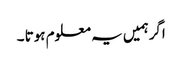
اگرہمیں یہ معلوم ہوتا ۔